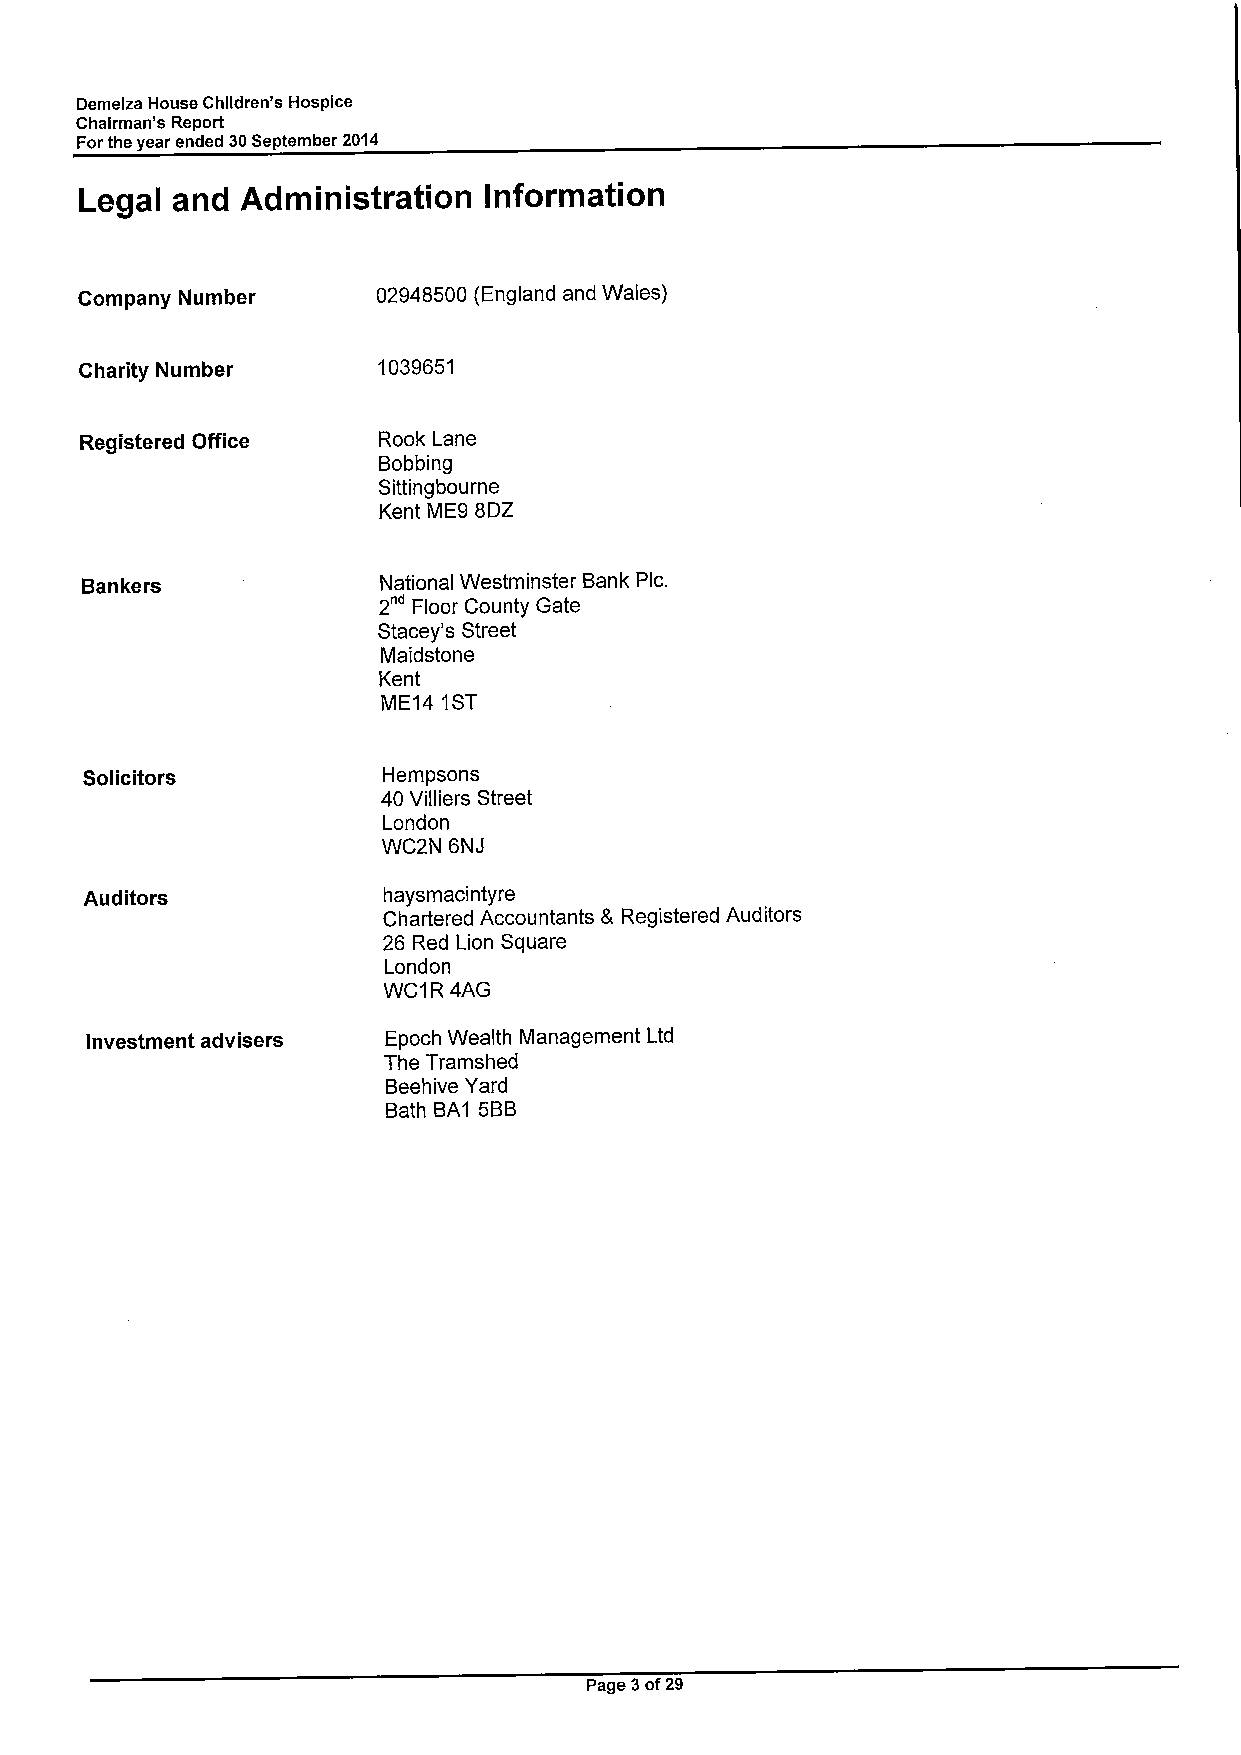
Demelza House Children's Hospice
 Chairman's Report
 Forthe year ended 30September 2014
 Legal and  Administration  Information
 Company Number      02948500 (England and Wales)
 Charity Number      1039651
 Registered Office   Rook Lane
 Bobbing
 Sittingbourne
 Kent ME9 8DZ
 Bankers             National Westminster Bank Pic.
 2" Floor County Gate
 Stacey's Street
 Maidstone
 Kent
 ME14 1ST
 Solicitors          Hempsons
 40 Villiers Street
 London
 WC2N 6NJ
 Auditors           haysmacintyre
 Chartered Accountants & Registered Auditors
 26 Red Lion Square
 London
 WC1R 4AG
 Investment advisers Epoch Wealth Management Ltd
 The Tramshed
 Beehive Yard
 Bath BA1 5BB
 Page 3of29